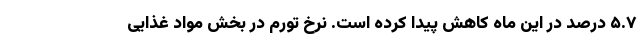
۵.۷ درصد در این ماه کاهش پیدا کرده است. نرخ تورم در بخش مواد غذایی